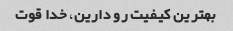
بهترین کیفیت رو دارین، خدا قوت